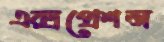
এক্সপ্রেশন্স